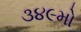
૩૪૯મો